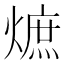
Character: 熫